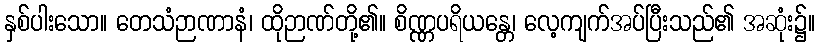
နှစ်ပါးသော။ တေသံဉာဏာနံ၊ ထိုဉာဏ်တို့၏။ စိဏ္ဏပရိယန္တေ၊ လေ့ကျက်အပ်ပြီးသည်၏ အဆုံး၌။